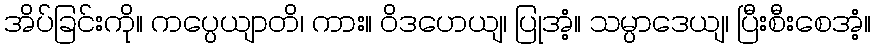
အိပ်ခြင်းကို။ ကပ္ပေယျာတိ၊ ကား။ ဝိဒဟေယျ၊ ပြုအံ့။ သမ္ပာဒေယျ၊ ပြီးစီးစေအံ့။